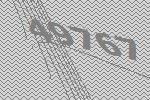
49767